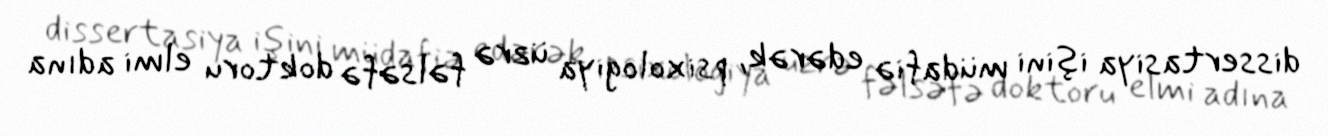
dissertasiya işini müdafiə edərək, psixologiya üzrə fəlsəfə doktoru elmi adına